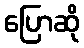
ပြောဆို